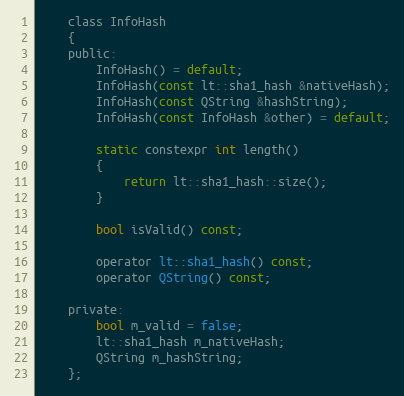
Language: C
    class InfoHash
    {
    public:
        InfoHash() = default;
        InfoHash(const lt::sha1_hash &nativeHash);
        InfoHash(const QString &hashString);
        InfoHash(const InfoHash &other) = default;

        static constexpr int length()
        {
            return lt::sha1_hash::size();
        }

        bool isValid() const;

        operator lt::sha1_hash() const;
        operator QString() const;

    private:
        bool m_valid = false;
        lt::sha1_hash m_nativeHash;
        QString m_hashString;
    };